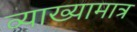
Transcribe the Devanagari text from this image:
व्याख्यामात्र